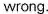
wrong.